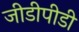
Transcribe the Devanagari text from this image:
जीडीपीडी